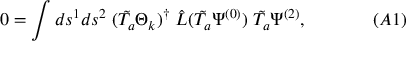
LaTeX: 0 = \int d s ^ { 1 } d s ^ { 2 } \; ( \tilde { T _ { a } } \Theta _ { k } ) ^ { \dagger } \; \hat { L } ( \tilde { T _ { a } } \Psi ^ { ( 0 ) } ) \; \tilde { T _ { a } } \Psi ^ { ( 2 ) } , \; \; \; \; \; \; \; \; \; \; \; \; \; ( A 1 )